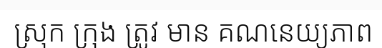
ស្រុក ក្រុង ត្រូវ មាន គណនេយ្យភាព